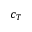
c _ { T }